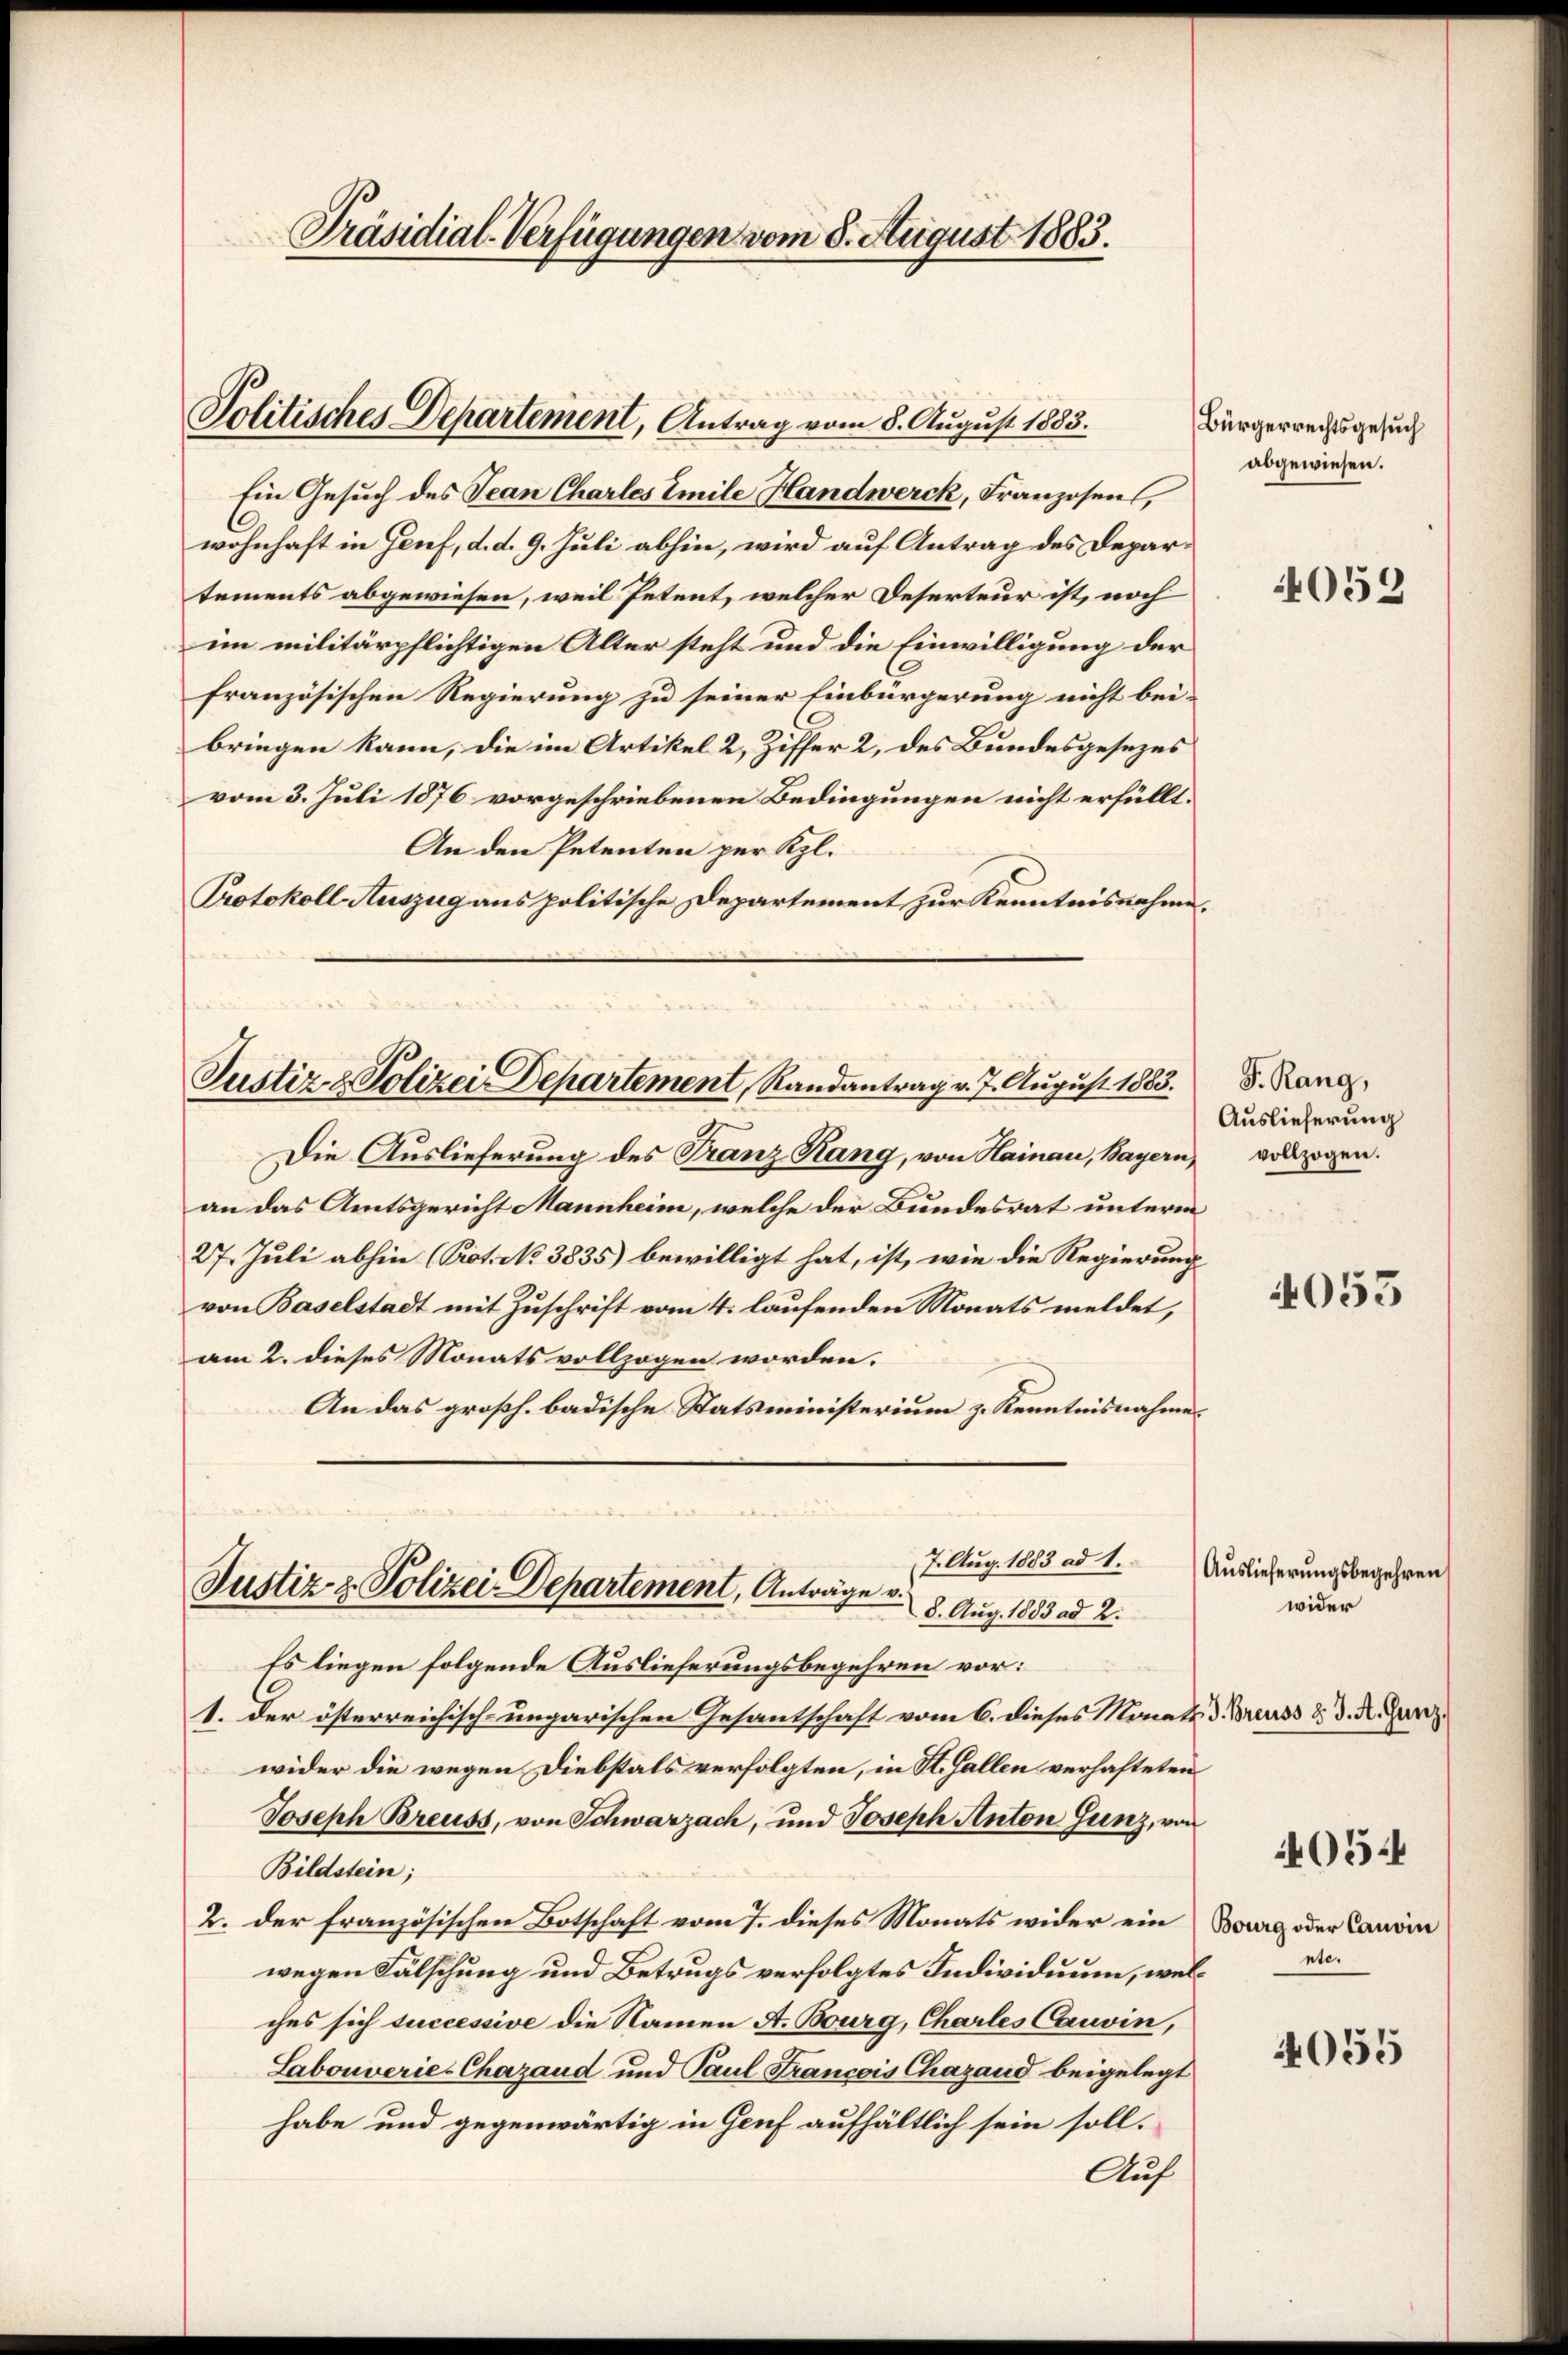
Präsidial-Verfügungen vom 8. August 1883.

Politisches Departement, Antrag vom 8. August 1883.

Ein Gesuch des Jean Charles Emile Handwerck, Franzosen,
wohnhaft in Genf, d. d. 9. Juli abhin, wird auf Antrag des Departements abgewiesen, weil Petent, welcher Deserteur ist, noch
im militärpflichtigen Alter steht und die Einwilligung der
französischen Regierung zu seiner Einbürgerung nicht bei-
bringen kann, die im Artikel 2, Ziffer 2, des Bundesgesezes
vom 3. Juli 1876 vorgeschriebenen Bedingungen nicht erfüllt.
An den Petenten per Kl.
Protokoll Auszug aus politische Departement zur Kenntnisnahme.

Justiz & Polizei Departement, Randantrag v. 7. August 1883.

Die Auslieferung des Franz Rang, von Hainau, Bayern,
an das Amtsgericht Mannheim, welche der Bundesrat unterm
27. Juli abhin (Prot. No 3835) bewilligt hat, ist, wie die Regierung
von Baselstadt mit Zuschrift vom 4. laufenden Monats meldet,
am 2. dieses Monats vollzogen worden.
An das großh. badische Statsministerium z. Kenntnisnahme

7. Aug. 1883 ad 1.
Justiz & Polizei-Departement, Anträge v.
8. Aug. 1883 ad 2.

Es liegen folgende Auslieferungsbegehren vor:
1. der österreichisch-ungarischen Gesantschaft vom 6. dieses Monats 3. Breuss u. d. R. Ganz
wider die wegen Diebstals verfolgten, in St. Gallen verhafteten
Joseph Breuss, von Schwarzach, und Joseph Anton Junz, von
Bildstein;
2. der französischen Botschaft vom 7. dieses Monats wider ein
wegen Fälschung und Betrugs verfolgtes Individuum, welches sich successive die Namen A. Bourg, Charles Cauvin,
Sabouverie-Chazaud und Paul Francois Chazand beigelegt
habe und gegenwärtig in Genf aufhältlich sein soll.
Auf

Bürgerrechtsgesuch
abgewiesen.

4052

F. Rang,
Auslieferung
vollzogen.

4055

Auslieferungsbegehren
wider

054

Bourg oder Canoin
nte.

4055